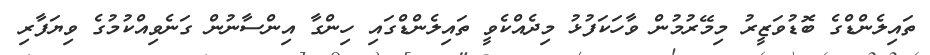
ތައިލެންޑްގެ ބޮޑުވަޒީރު މިމޭރުމުން ވާހަކަފުޅު މިދެއްކެވީ ތައިލެންޑްގައި ހިންގާ އިންސާނުން ގަނެވިއްކުމުގެ ވިޔަފާރި